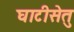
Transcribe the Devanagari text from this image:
घाटीसेतु